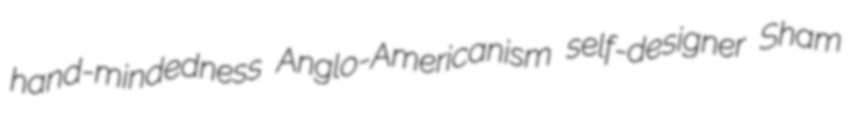
hand-mindedness Anglo-Americanism self-designer Sham